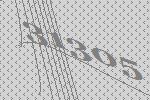
31305